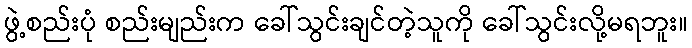
ဖွဲ့စည်းပုံ စည်းမျည်းက ခေါ်သွင်းချင်တဲ့သူကို ခေါ်သွင်းလို့မရဘူး။